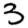
Digit: 3